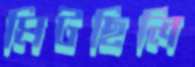
মিটছিলি